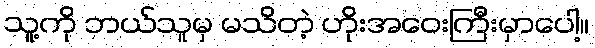
သူ့ကို ဘယ်သူမှ မသိတဲ့ ဟိုးအဝေးကြီးမှာပေါ့။